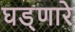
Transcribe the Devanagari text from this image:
घड्णारे